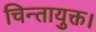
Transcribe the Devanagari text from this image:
चिन्तायुक्त।